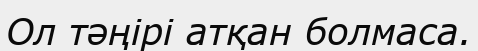
Ол тәңірі атқан болмаса.